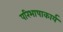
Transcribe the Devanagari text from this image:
परिभाषाकार्य